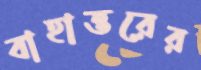
বাহাত্তরের